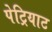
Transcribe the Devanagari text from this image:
पेट्रियाट